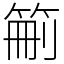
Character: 䈀